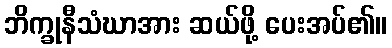
ဘိက္ခုနီသံဃာအား ဆယ်ဖို့ ပေးအပ်၏။